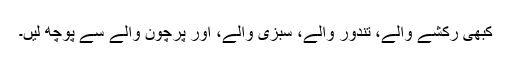
کبھی رکشے والے، تندور والے، سبزی والے، اور پرچون والے سے پوچھ لیں۔